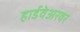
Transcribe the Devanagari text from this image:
हार्डवेअरवर